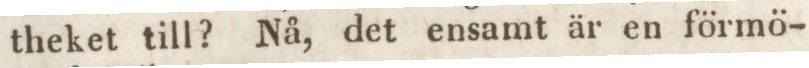
theket till? Nå, det ensamt är en förmö-